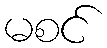
မစင်